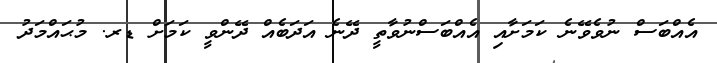
އެއްބަސް ނުވެވޭނެ ކަމަށާއި އެއްބަސްނުވާތީ ދޭނެ އަދަބެއް ދޭންވީ ކަމަށް ޑރ. މުޙައްމަދު